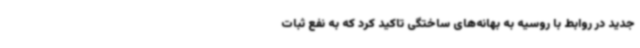
جدید در روابط با روسیه به بهانه‌های ساختگی تاکید کرد که به نفع ثبات